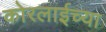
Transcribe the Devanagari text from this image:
कोरलाईच्या